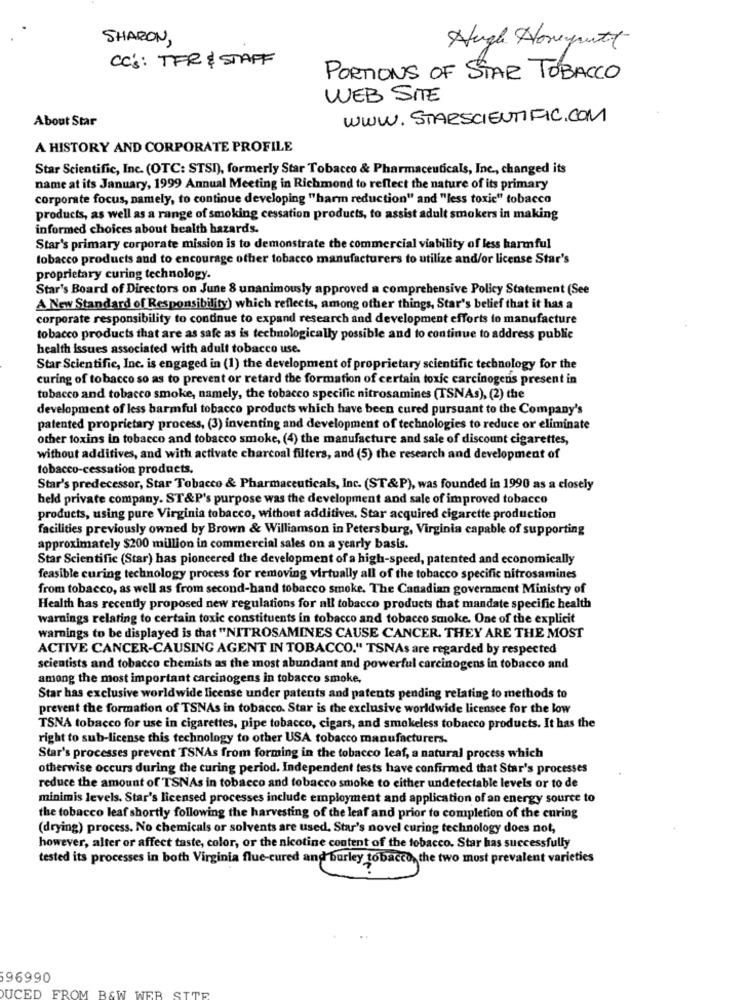
SHARON,
Hugh Homeputt
CC's: TFR & STAFF
PORTIONS OF STAR TOBACCO
WEB SITE
About Star
WWW.STARSCIENTIFIC.COM
A HISTORY AND CORPORATE PROFILE
Star Scientific, Inc. (OTC: STSI), formerly Star Tobacco & Pharmaceuticals, Inc ., changed its
name at its January, 1999 Annual Meeting in Richmond to reflect the nature of its primary
corporate focus, namely, to continue developing "harm reduction" and "less toxic" tobacco
products, as well as a range of smoking cessation products, to assist adult smokers in making
informed choices about health hazards.
Star's primary corporate mission is to demonstrate the commercial viability of less harmful
tobacco products and to encourage other tobacco manufacturers to utilize and/or license Star's
proprietary curing technology.
Star's Board of Directors on June 8 unanimously approved a comprehensive Policy Statement (See
A New Standard of Responsibility) which reflects, among other things, Star's belief that it has a
corporate responsibility to continue to expand research and development efforts to manufacture
tobacco products that are as safe as is technologically possible and to continue to address public
health issues associated with adult tobacco use.
Star Scientific, Inc. is engaged in (1) the development of proprietary scientific technology for the
curing of tobacco so as to prevent or retard the formation of certain toxic carcinogens present in
tobacco and tobacco smoke, namely, the tobacco specific nitrosamines (TSNAs), (2) the
development of less harmful tobacco products which have been cured pursuant to the Company's
patented proprietary process, (3) inventing and development of technologies to reduce or eliminate
other toxins in tobacco and tobacco smoke, (4) the manufacture and sale of discount cigarettes,
without additives, and with activate charcoal filters, and (5) the research and development of
tobacco-cessation products.
Star's predecessor, Star Tobacco & Pharmaceuticals, Inc. (ST&P), was founded in 1990 as a closely
held private company. ST&P's purpose was the development and sale of improved tobacco
products, using pure Virginia tobacco, without additives. Star acquired cigarette production
facilities previously owned by Brown & Williamson in Petersburg, Virginia capable of supporting
approximately $200 million in commercial sales on a yearly basis.
Star Scientific (Star) has pioneered the development of a high-speed, patented and economically
feasible curing technology process for removing virtually all of the tobacco specific nitrosamines
from tobacco, as well as from second-hand tobacco smoke. The Canadian government Ministry of
Health has recently proposed new regulations for all tobacco products that mandate specific health
warnings relating to certain toxic constituents in tobacco and tobacco smoke. One of the explicit
warnings to be displayed is that "NITROSAMINES CAUSE CANCER. THEY ARE THE MOST
ACTIVE CANCER-CAUSING AGENT IN TOBACCO." TSNAs are regarded by respected
scientists and tobacco chemists as the most abundant and powerful carcinogens in tobacco and
among the most important carcinogens in tobacco smoke,
Star has exclusive worldwide license under patents and patents pending relating to methods to
prevent the formation of TSNAs in tobacco. Star is the exclusive worldwide licensee for the low
TSNA tobacco for use in cigarettes, pipe tobacco, cigars, and smokeless tobacco products. It has the
right to sub-license this technology to other USA tobacco manufacturers.
Star's processes prevent TSNAs from forming in the tobacco leaf, a natural process which
otherwise occurs during the curing period. Independent tests have confirmed that Star's processes
reduce the amount of TSNAs in tobacco and tobacco smoke to either undetectable levels or to de
minimis levels. Star's licensed processes include employment and application of an energy source to
the tobacco leaf shortly following the harvesting of the leaf and prior to completion of the curing
(drying) process. No chemicals or solvents are used, Star's novel curing technology does not,
however, alter or affect taste, color, or the nicotine content of the tobacco. Star has successfully
tested its processes in both Virginia flue-cured and burley tobacco, the two most prevalent varieties
96990
UCED FROM B&W WER SITE